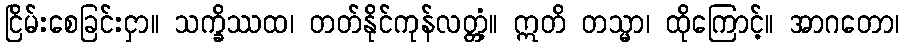
ငြိမ်းစေခြင်းငှာ။ သက္ခိဿထ၊ တတ်နိုင်ကုန်လတ္တံ့။ ဣတိ တသ္မာ၊ ထိုကြောင့်။ အာဂတော၊